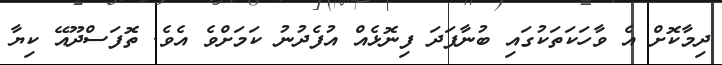
ދިމާކޮށް އެ ވާހަކަތަކުގައި ބުނާފަދަ ފިނޮޅެއް އުފެދުނު ކަމަށްވެ އެވެ. ތޮފަސްދޫއޭ ކިޔާ